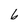
Character: 6